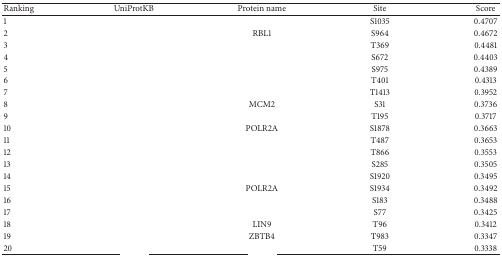
<table><thead><tr><td><b>Ranking</b></td><td><b>UniProtKB</b></td><td><b>Protein name</b></td><td><b>Site</b></td><td><b>Score</b></td></tr></thead><tbody><tr><td>1</td><td>[EMPTY_CELL]</td><td>[EMPTY_CELL]</td><td>S1035</td><td>0.4707</td></tr><tr><td>2</td><td>[EMPTY_CELL]</td><td>RBL1</td><td>S964</td><td>0.4672</td></tr><tr><td>3</td><td>[EMPTY_CELL]</td><td>[EMPTY_CELL]</td><td>T369</td><td>0.4481</td></tr><tr><td>4</td><td>[EMPTY_CELL]</td><td>[EMPTY_CELL]</td><td>S672</td><td>0.4403</td></tr><tr><td>5</td><td>[EMPTY_CELL]</td><td>[EMPTY_CELL]</td><td>S975</td><td>0.4389</td></tr><tr><td>6</td><td>[EMPTY_CELL]</td><td>[EMPTY_CELL]</td><td>T401</td><td>0.4313</td></tr><tr><td>7</td><td>[EMPTY_CELL]</td><td>[EMPTY_CELL]</td><td>T1413</td><td>0.3952</td></tr><tr><td>8</td><td>[EMPTY_CELL]</td><td>MCM2</td><td>S31</td><td>0.3736</td></tr><tr><td>9</td><td>[EMPTY_CELL]</td><td>[EMPTY_CELL]</td><td>T195</td><td>0.3717</td></tr><tr><td>10</td><td>[EMPTY_CELL]</td><td>POLR2A</td><td>S1878</td><td>0.3663</td></tr><tr><td>11</td><td>[EMPTY_CELL]</td><td>[EMPTY_CELL]</td><td>T487</td><td>0.3653</td></tr><tr><td>12</td><td>[EMPTY_CELL]</td><td>[EMPTY_CELL]</td><td>T866</td><td>0.3553</td></tr><tr><td>13</td><td>[EMPTY_CELL]</td><td>[EMPTY_CELL]</td><td>S285</td><td>0.3505</td></tr><tr><td>14</td><td>[EMPTY_CELL]</td><td>[EMPTY_CELL]</td><td>S1920</td><td>0.3495</td></tr><tr><td>15</td><td>[EMPTY_CELL]</td><td>POLR2A</td><td>S1934</td><td>0.3492</td></tr><tr><td>16</td><td>[EMPTY_CELL]</td><td>[EMPTY_CELL]</td><td>S183</td><td>0.3488</td></tr><tr><td>17</td><td>[EMPTY_CELL]</td><td>[EMPTY_CELL]</td><td>S77</td><td>0.3425</td></tr><tr><td>18</td><td>[EMPTY_CELL]</td><td>LIN9</td><td>T96</td><td>0.3412</td></tr><tr><td>19</td><td>[EMPTY_CELL]</td><td>ZBTB4</td><td>T983</td><td>0.3347</td></tr><tr><td>20</td><td>[EMPTY_CELL]</td><td>[EMPTY_CELL]</td><td>T59</td><td>0.3338</td></tr></tbody></table>